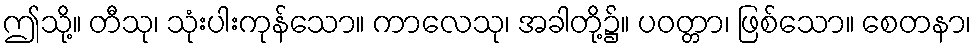
ဤသို့။ တီသု၊ သုံးပါးကုန်သော။ ကာလေသု၊ အခါတို့၌။ ပဝတ္တာ၊ ဖြစ်သော။ စေတနာ၊